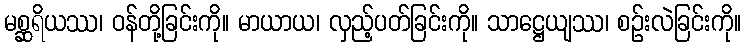
မစ္ဆရိယဿ၊ ဝန်တို့ခြင်းကို။ မာယာယ၊ လှည့်ပတ်ခြင်းကို။ သာဋ္ဌေယျဿ၊ စဉ်းလဲခြင်းကို။